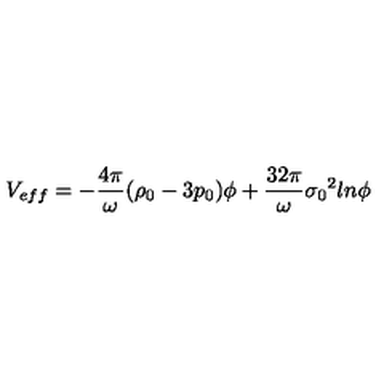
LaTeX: V _ { e f f } = - \frac { 4 { \pi } } { \omega } ( { \rho } _ { 0 } - 3 p _ { 0 } ) { \phi } + \frac { 3 2 { \pi } } { \omega } { { \sigma } _ { 0 } } ^ { 2 } l n { \phi }